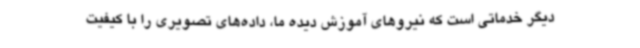
دیگر خدماتی است که نیروهای آموزش دیده ما، داده‌های تصویری را با کیفیت